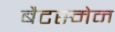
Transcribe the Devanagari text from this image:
बैटस्मेन